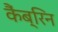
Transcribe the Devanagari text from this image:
कैंब्रिन